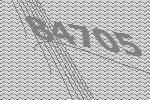
84705